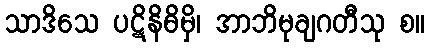
သာဒိသေ ပဋိနိဓိမှိ၊ အာဘိမုချဂတီသု စ။